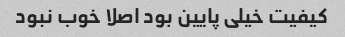
کیفیت خیلی پایین بود اصلا خوب نبود